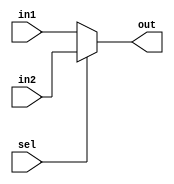
module muxverilog(in1, in2, sel, out);
input in1, in2, sel;
output out;

assign out = sel == 1?in2:in1;

endmodule